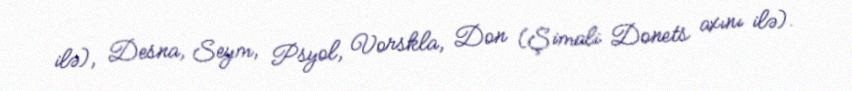
ilə), Desna, Seym, Psyol, Vorskla, Don (Şimali Donets axını ilə).